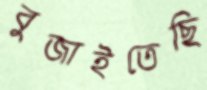
বুজাইতেছি